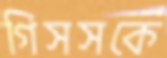
গিসসকে